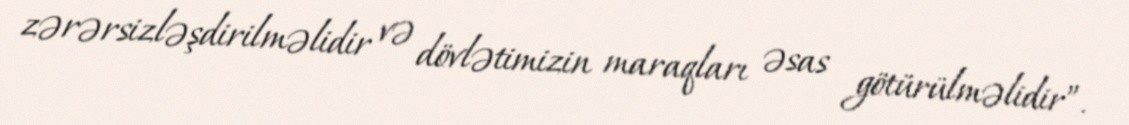
zərərsizləşdirilməlidir və dövlətimizin maraqları əsas götürülməlidir”.